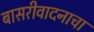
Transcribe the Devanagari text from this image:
बासरीवादनाचा